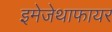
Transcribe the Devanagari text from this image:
इमेजेथाफायर